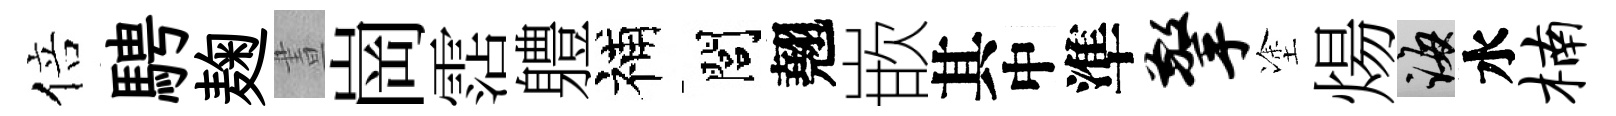
倍騁麹晝崗霑軆補閭翹嵌其中準擎塗煬誨水楠